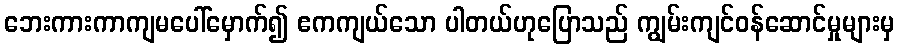
ဘေးကားကာကျမပေါ်မှောက်၍ ဧကကျယ်သော ပါတယ်ဟုပြောသည် ကျွမ်းကျင်ဝန်ဆောင်မှုများမှ